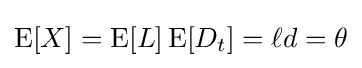
\operatorname {E} [X]=\operatorname {E} [L]\operatorname {E} [D_{t}]=\ell d=\theta